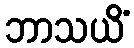
ဘာသယိံ